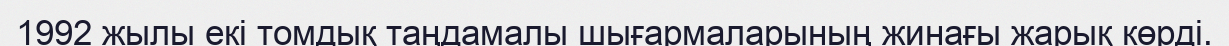
1992 жылы екі томдық таңдамалы шығармаларының жинағы жарық көрді.